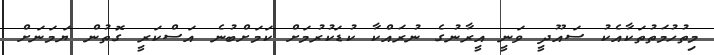
މިތުހުމަތުތަކާއެކު ސައޫދީ ވަނީ އީރާނުގެ ނުރައްކާ ކުޑަކުރުމަށް ކަމަށްބުނެ އަސްކަރީ ގޮތުން ޔަމަނަށް